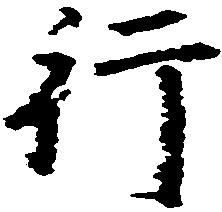
行